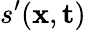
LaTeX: s^{\prime}(\textbf{x},\textbf{t})